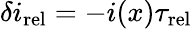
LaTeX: \delta i_{\mathrm{rel}}=-i(x)\tau_{\mathrm{rel}}